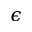
\epsilon